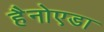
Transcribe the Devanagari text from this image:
हैनोएडा